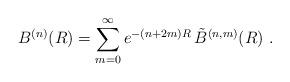
LaTeX: \begin{align*}B^{(n)}(R) = \sum_{m=0}^\infty e^{- (n + 2m) R} \,\tilde{B}^{(n,m)} (R) \ .\end{align*}